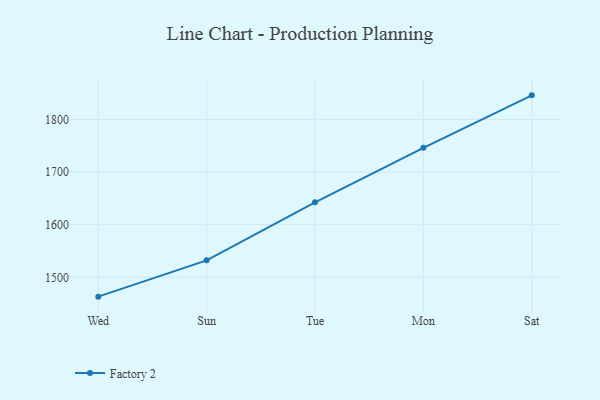
{"axis": {"x": "Day", "y": "Website Visitors"}, "legend": ["Factory 2"], "data": [{"x": "Wed", "y": 1463.3, "type": "Factory 2"}, {"x": "Sun", "y": 1532.3, "type": "Factory 2"}, {"x": "Tue", "y": 1642.5, "type": "Factory 2"}, {"x": "Mon", "y": 1746.0, "type": "Factory 2"}, {"x": "Sat", "y": 1845.7, "type": "Factory 2"}]}